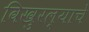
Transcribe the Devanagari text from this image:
विखुरल्याचे